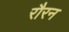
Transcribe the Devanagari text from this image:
रौरन